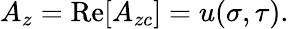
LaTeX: A_{z}=\mathrm{Re}[A_{zc}]=u(\sigma,\tau).